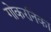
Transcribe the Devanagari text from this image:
गोकरनिका